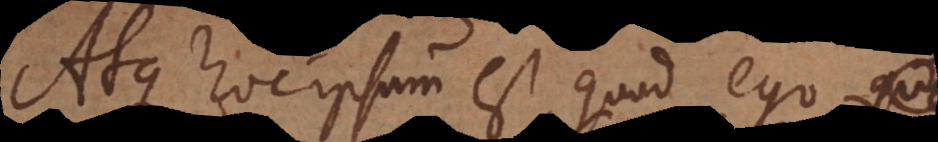
Atque hoc ipsum est, quod ego